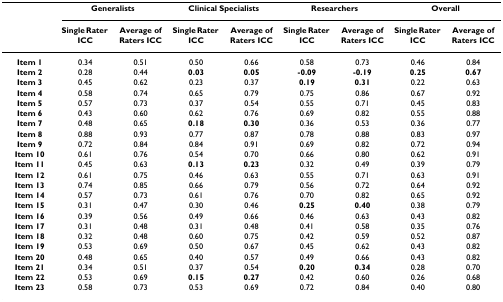
<table><thead><tr><td></td><td colspan="2"><b>Generalists</b></td><td colspan="2"><b>Clinical Specialists</b></td><td colspan="2"><b>Researchers</b></td><td colspan="2"><b>Overall</b></td></tr><tr><td></td><td><b>Single Rater ICC</b></td><td><b>Average of Raters ICC</b></td><td><b>Single Rater ICC</b></td><td><b>Average of Raters ICC</b></td><td><b>Single Rater ICC</b></td><td><b>Average of Raters ICC</b></td><td><b>Single Rater ICC</b></td><td><b>Average of Raters ICC</b></td></tr></thead><tbody><tr><td><b>Item 1</b></td><td>0.34</td><td>0.51</td><td>0.50</td><td>0.66</td><td>0.58</td><td>0.73</td><td>0.46</td><td>0.84</td></tr><tr><td><b>Item 2</b></td><td>0.28</td><td>0.44</td><td><b>0.03</b></td><td><b>0.05</b></td><td><b>-0.09</b></td><td><b>-0.19</b></td><td><b>0.25</b></td><td><b>0.67</b></td></tr><tr><td><b>Item 3</b></td><td>0.45</td><td>0.62</td><td>0.23</td><td>0.37</td><td><b>0.19</b></td><td><b>0.31</b></td><td>0.22</td><td>0.63</td></tr><tr><td><b>Item 4</b></td><td>0.58</td><td>0.74</td><td>0.65</td><td>0.79</td><td>0.75</td><td>0.86</td><td>0.67</td><td>0.92</td></tr><tr><td><b>Item 5</b></td><td>0.57</td><td>0.73</td><td>0.37</td><td>0.54</td><td>0.55</td><td>0.71</td><td>0.45</td><td>0.83</td></tr><tr><td><b>Item 6</b></td><td>0.43</td><td>0.60</td><td>0.62</td><td>0.76</td><td>0.69</td><td>0.82</td><td>0.55</td><td>0.88</td></tr><tr><td><b>Item 7</b></td><td>0.48</td><td>0.65</td><td><b>0.18</b></td><td><b>0.30</b></td><td>0.36</td><td>0.53</td><td>0.36</td><td>0.77</td></tr><tr><td><b>Item 8</b></td><td>0.88</td><td>0.93</td><td>0.77</td><td>0.87</td><td>0.78</td><td>0.88</td><td>0.83</td><td>0.97</td></tr><tr><td><b>Item 9</b></td><td>0.72</td><td>0.84</td><td>0.84</td><td>0.91</td><td>0.69</td><td>0.82</td><td>0.72</td><td>0.94</td></tr><tr><td><b>Item 10</b></td><td>0.61</td><td>0.76</td><td>0.54</td><td>0.70</td><td>0.66</td><td>0.80</td><td>0.62</td><td>0.91</td></tr><tr><td><b>Item 11</b></td><td>0.45</td><td>0.63</td><td><b>0.13</b></td><td><b>0.23</b></td><td>0.32</td><td>0.49</td><td>0.39</td><td>0.79</td></tr><tr><td><b>Item 12</b></td><td>0.61</td><td>0.75</td><td>0.46</td><td>0.63</td><td>0.55</td><td>0.71</td><td>0.63</td><td>0.91</td></tr><tr><td><b>Item 13</b></td><td>0.74</td><td>0.85</td><td>0.66</td><td>0.79</td><td>0.56</td><td>0.72</td><td>0.64</td><td>0.92</td></tr><tr><td><b>Item 14</b></td><td>0.57</td><td>0.73</td><td>0.61</td><td>0.76</td><td>0.70</td><td>0.82</td><td>0.65</td><td>0.92</td></tr><tr><td><b>Item 15</b></td><td>0.31</td><td>0.47</td><td>0.30</td><td>0.46</td><td><b>0.25</b></td><td><b>0.40</b></td><td>0.38</td><td>0.79</td></tr><tr><td><b>Item 16</b></td><td>0.39</td><td>0.56</td><td>0.49</td><td>0.66</td><td>0.46</td><td>0.63</td><td>0.43</td><td>0.82</td></tr><tr><td><b>Item 17</b></td><td>0.31</td><td>0.48</td><td>0.31</td><td>0.48</td><td>0.41</td><td>0.58</td><td>0.35</td><td>0.76</td></tr><tr><td><b>Item 18</b></td><td>0.32</td><td>0.48</td><td>0.60</td><td>0.75</td><td>0.42</td><td>0.59</td><td>0.52</td><td>0.87</td></tr><tr><td><b>Item 19</b></td><td>0.53</td><td>0.69</td><td>0.50</td><td>0.67</td><td>0.45</td><td>0.62</td><td>0.43</td><td>0.82</td></tr><tr><td><b>Item 20</b></td><td>0.48</td><td>0.65</td><td>0.40</td><td>0.57</td><td>0.49</td><td>0.66</td><td>0.43</td><td>0.82</td></tr><tr><td><b>Item 21</b></td><td>0.34</td><td>0.51</td><td>0.37</td><td>0.54</td><td><b>0.20</b></td><td><b>0.34</b></td><td>0.28</td><td>0.70</td></tr><tr><td><b>Item 22</b></td><td>0.53</td><td>0.69</td><td><b>0.15</b></td><td><b>0.27</b></td><td>0.42</td><td>0.60</td><td>0.26</td><td>0.68</td></tr><tr><td><b>Item 23</b></td><td>0.58</td><td>0.73</td><td>0.53</td><td>0.69</td><td>0.72</td><td>0.84</td><td>0.40</td><td>0.80</td></tr></tbody></table>